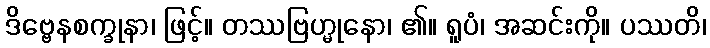
ဒိဗ္ဗေနစက္ခုနာ၊ ဖြင့်။ တဿဗြဟ္မုနော၊ ၏။ ရူပံ၊ အဆင်းကို။ ပဿတိ၊